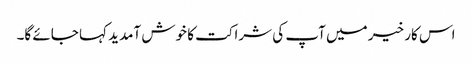
اس کار خیر میں آپ کی شراکت کا خوش آمدید کہا جائے گا۔